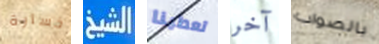
خسارة الشيخ تعطينا آخر بالصواب